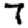
Digit: 7